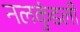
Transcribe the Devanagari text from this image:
नलकुंडली